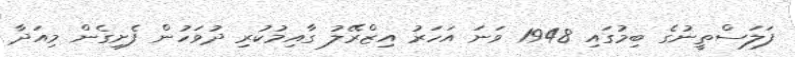
ފަލަސްތީނުގެ ބިމުގައި 1948 ވަނަ އަހަރު އިޒްރޭލު ގާއިމުކުރި ދުވަހުން ފެށިގެން މިއަދާ